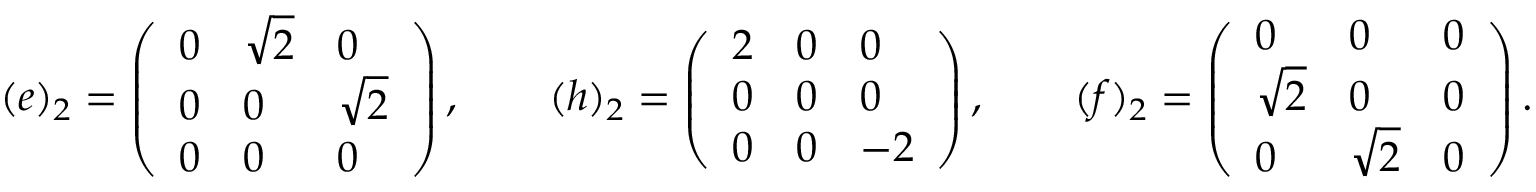
( e ) _ { 2 } = \left( \begin{array} { l l l } { 0 } & { \sqrt { 2 } } & { 0 } \\ { 0 } & { 0 } & { \sqrt { 2 } } \\ { 0 } & { 0 } & { 0 } \end{array} \right) , \qquad ( h ) _ { 2 } = \left( \begin{array} { l l l } { 2 } & { 0 } & { 0 } \\ { 0 } & { 0 } & { 0 } \\ { 0 } & { 0 } & { - 2 } \end{array} \right) , \qquad ( f ) _ { 2 } = \left( \begin{array} { l l l } { 0 } & { 0 } & { 0 } \\ { \sqrt { 2 } } & { 0 } & { 0 } \\ { 0 } & { \sqrt { 2 } } & { 0 } \end{array} \right) .